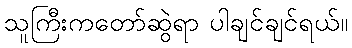
သူကြီးကတော်ဆွဲရာ ပါချင်ချင်ရယ်။